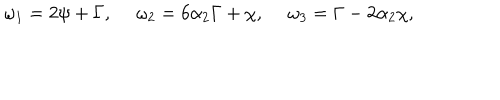
LaTeX: \omega _ { 1 } = 2 \psi + \Gamma , ~ ~ \omega _ { 2 } = 6 \alpha _ { 2 } \Gamma + \chi , ~ ~ \omega _ { 3 } = \Gamma - 2 \alpha _ { 2 } \chi ,